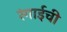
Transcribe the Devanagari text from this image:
रंगाईची